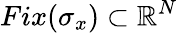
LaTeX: Fix(\sigma_{x})\subset\mathbb{R}^{N}